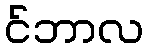
င်ဘာလ